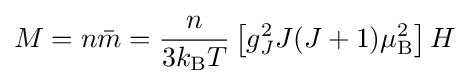
M=n{\bar {m}}={\frac {n}{3k_{\mathrm {B} }T}}\left[g_{J}^{2}J(J+1)\mu _{\mathrm {B} }^{2}\right]H